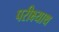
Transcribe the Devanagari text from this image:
परीक्ष्याथ